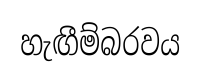
හැඟීම්බරවය